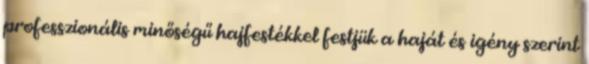
professzionális minőségű hajfestékkel festjük a haját és igény szerint